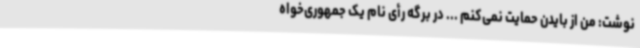
نوشت: من از بایدن حمایت نمی‌کنم ... در برگه رأی نام یک جمهوری‌خواه